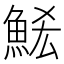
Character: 𮫶